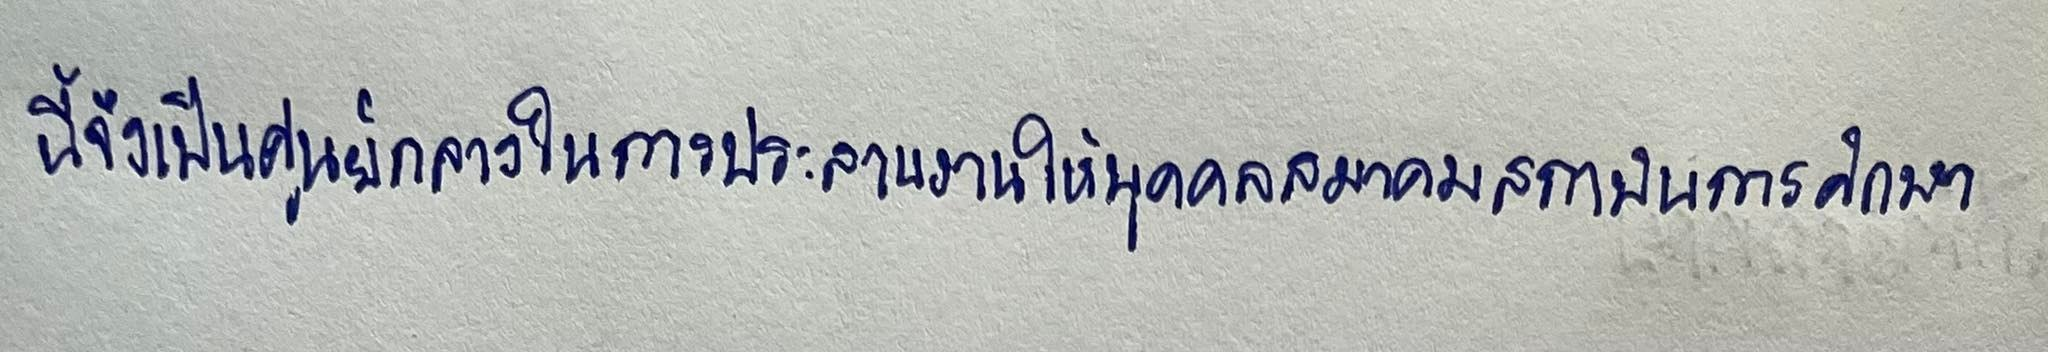
นี้จึงเป็นศูนย์กลางในการประสานงานให้บุคคลสมาคมสถาบันการศึกษา